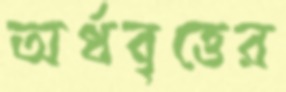
অর্ধবৃত্তের